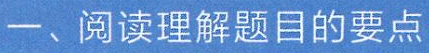
一、阅读理解题目的要点